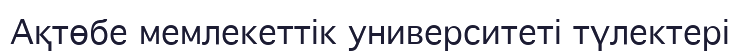
Ақтөбе мемлекеттік университеті түлектері